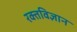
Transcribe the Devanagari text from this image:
रक्तविज्ञान